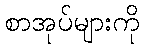
စာအုပ်များကို